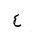
Letter: _ayn